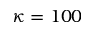
\kappa = 1 0 0